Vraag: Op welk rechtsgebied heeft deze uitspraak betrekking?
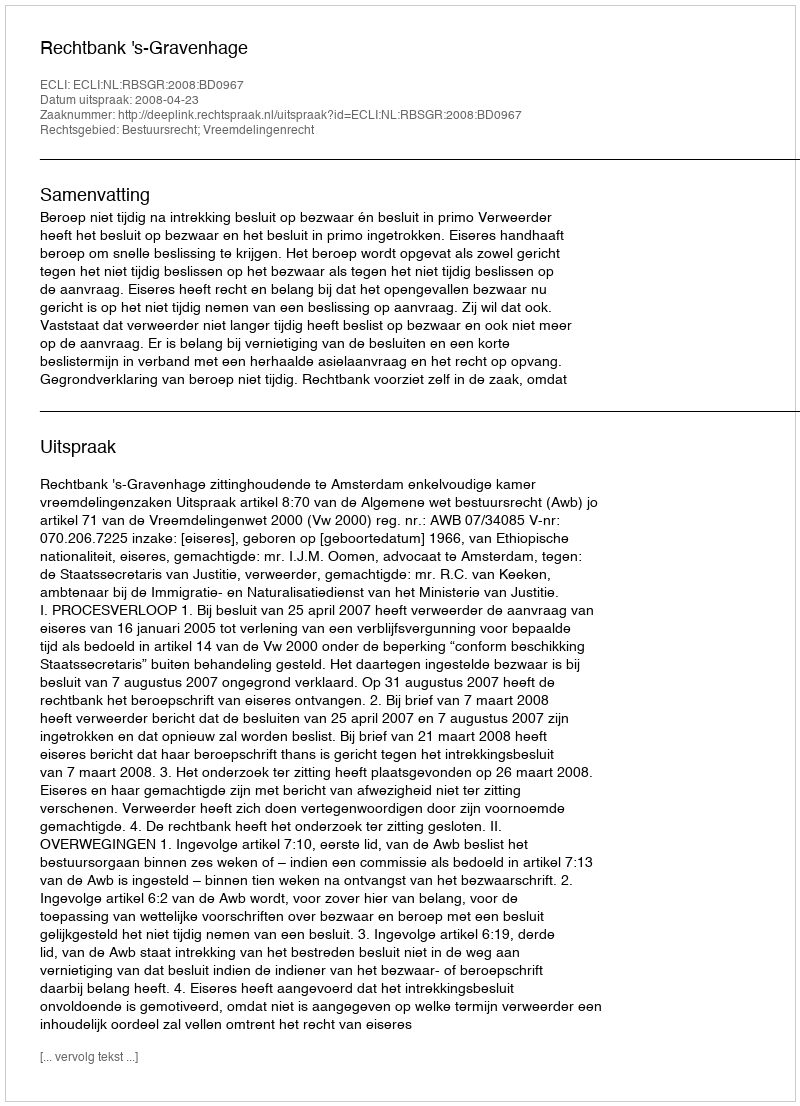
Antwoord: Bestuursrecht; Vreemdelingenrecht